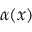
\alpha ( x )